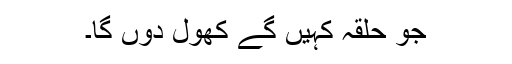
جو حلقہ کہیں گے کھول دوں گا۔